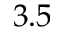
3 . 5